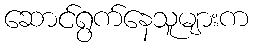
ဆောင်ရွက်နေသူများက